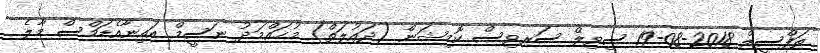
ތަފްސީލް 2018-08-19 ސިވިލް ސަރވިސް ކޮމިޝަން (ދައުލަތް) މުޙައްމަދު ނަސީމް އައިނާއެޑަމްސް މާލެ